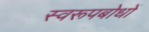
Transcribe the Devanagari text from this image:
स्वरूपबोधों